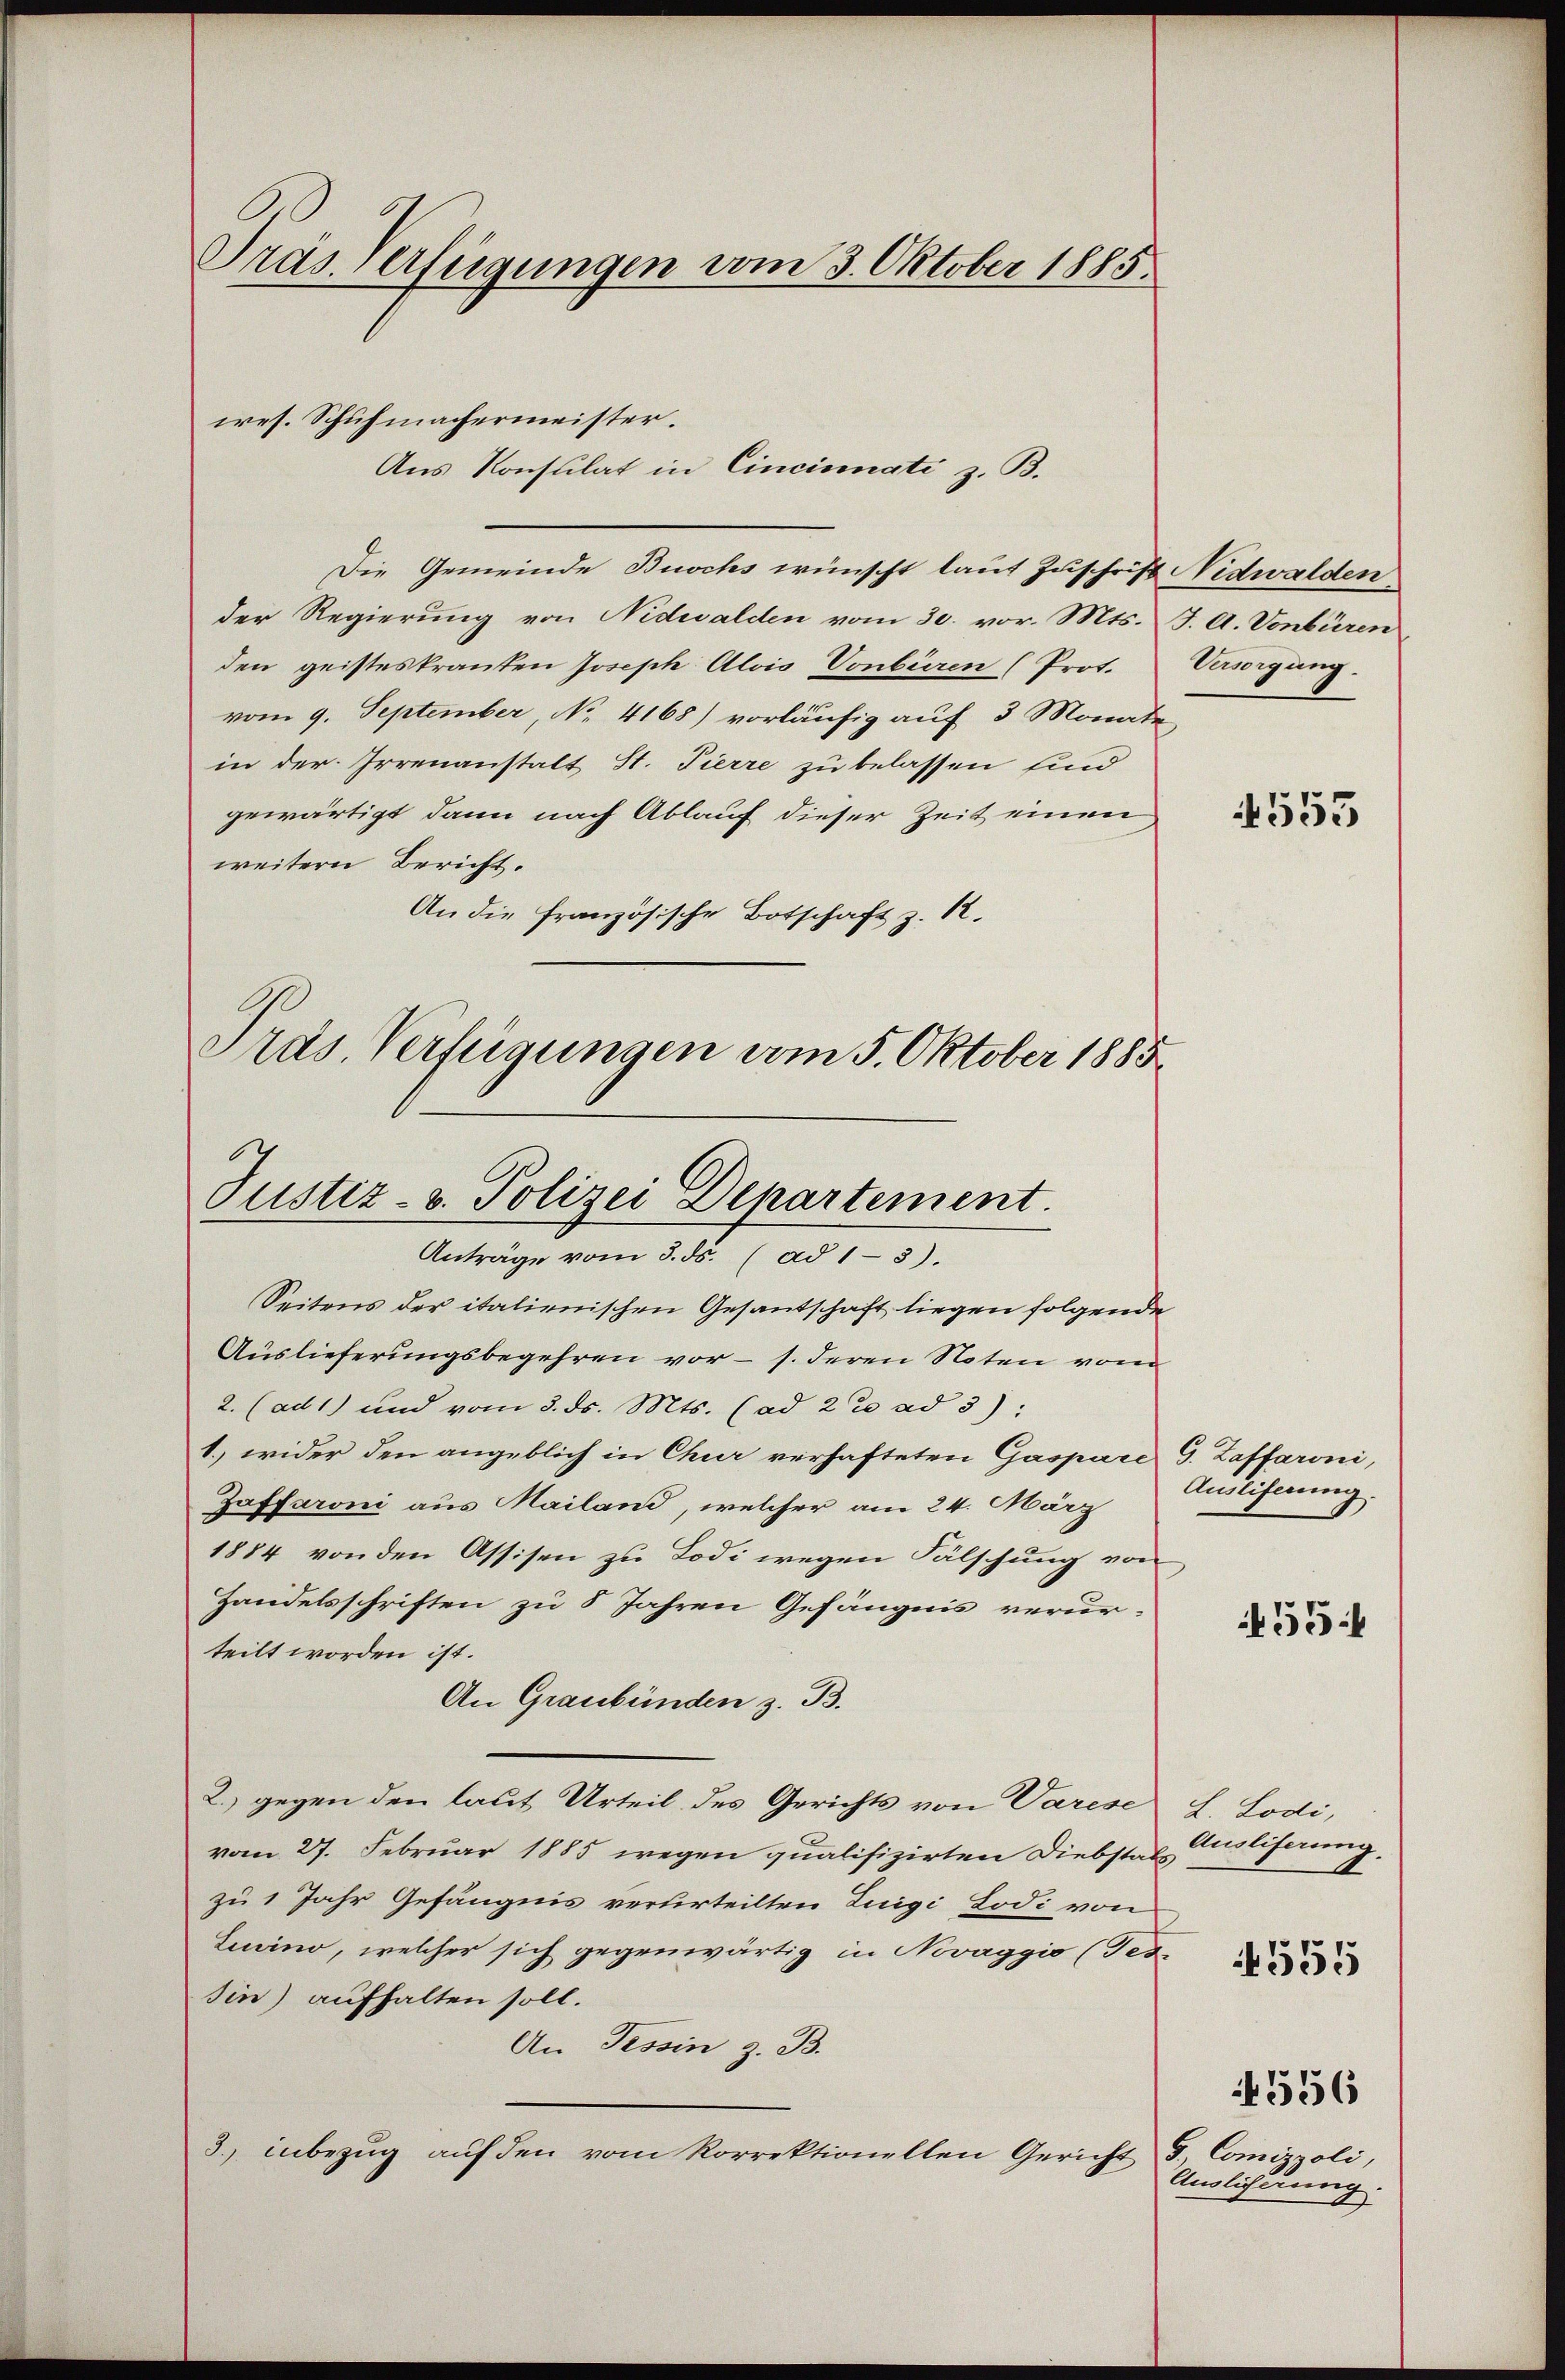
Pras Verfügungen vom 3. Oktober 1885.

ces. Schuhmachermeister.
Die Gemeinde Buchs wünscht laut Zuschrift Nidwalden.
der Regierung von Nidwalden vom 30. vor. Mts. J. A. Vonbüren
den geisteskranten Joseph Alois Vonbüren (Prot.
vom 9. September, No. 4168) vorläufig auf 3 Monate,
in der Irrenanstalt St. Pierre zu belassen sind
gewärtigt dann nach Ablauf dieser Zeit einen
weitern Bericht.
An die französische Botschaft z. 12.
Anträge vom 3. ds. (ad 1-3).
Seitens der italienischen Gesantschaft liegen folgende
Auslieferungsbegehren vor – s. deren Noten vom
2. (ad 1) und vom 3. ds. Mts. (ad 22 ad 3)
1. wider den angeblich in Chur verhafteten Gaspare G. Zaffaroni,
Zaffaroni aus Mailand, welcher am 24. März
1884 von den Assisen zu Lodi wegen Fälschung von
Handelsschriften zu 8 Jahren Gefängnis verur-
teilt worden ist.
An Graubünden z. B.
2.) gegen den laut Urteil des Gerichts von Varese L. Lodi,
vom 27. Februar 1885 wegen qualifizirten Diebstats
zu 1 Jahr Gefängnis verurteilten Luigi Lodi von
Luino, welcher sich gegenwärtig in Nevaggio (Tes-
sin) aufhalten soll.
An Tessin z. B.
3. inbezŭg aŭf den vom Korrektionellen Gericht d. Comizzoli,

Aus Konsulat in Cincinati z. B.

Präs. Verfügungen vom 5. Oktober 1885
Justiz- u. Polizei Departement.

Versorgung.

4555

Ausliferung.

455:

Ausliferung.
4556
Auslicherung

555